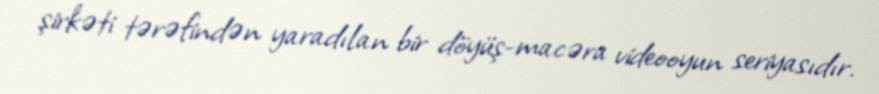
şirkəti tərəfindən yaradılan bir döyüş-macəra videooyun seriyasıdır.